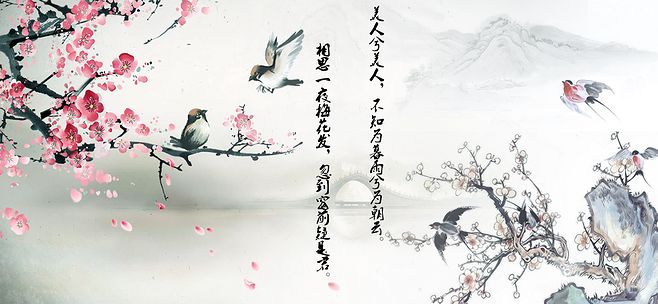
暮雨相呼失，寒塘欲下迟。